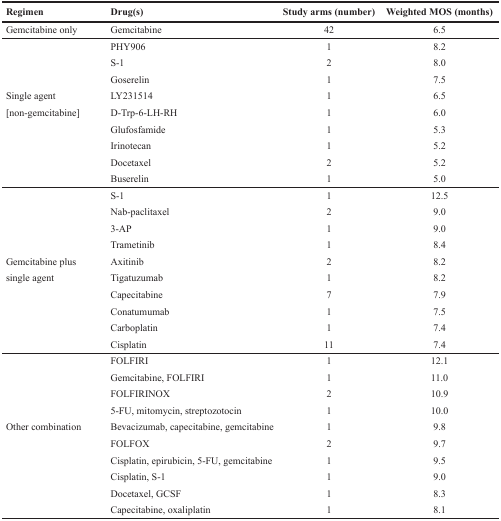
| Regimen | Drug(s) | Study arms (number) | Weighted MOS (months) |
 | --- | --- | --- | --- |
 | Gemcitabine only | Gemcitabine | 42 | 6.5 |
 |  | PHY906 | 1 | 8.2 |
 |  | S-1 | 2 | 8.0 |
 |  | Goserelin | 1 | 7.5 |
 | Single agent | LY231514 | 1 | 6.5 |
 | [non-gemcitabine] | D-Trp-6-LH-RH | 1 | 6.0 |
 |  | Glufosfamide | 1 | 5.3 |
 |  | Irinotecan | 1 | 5.2 |
 |  | Docetaxel | 2 | 5.2 |
 |  | Buserelin | 1 | 5.0 |
 |  | S-1 | 1 | 12.5 |
 |  | Nab-paclitaxel | 2 | 9.0 |
 |  | 3-AP | 1 | 9.0 |
 |  | Trametinib | 1 | 8.4 |
 | Gemcitabine plus | Axitinib | 2 | 8.2 |
 | single agent | Tigatuzumab | 1 | 8.2 |
 |  | Capecitabine | 7 | 7.9 |
 |  | Conatumumab | 1 | 7.5 |
 |  | Carboplatin | 1 | 7.4 |
 |  | Cisplatin | 11 | 7.4 |
 |  | FOLFIRI | 1 | 12.1 |
 |  | Gemcitabine, FOLFIRI | 1 | 11.0 |
 |  | FOLFIRINOX | 2 | 10.9 |
 |  | 5-FU, mitomycin, streptozotocin | 1 | 10.0 |
 | Other combination | Bevacizumab, capecitabine, gemcitabine | 1 | 9.8 |
 |  | FOLFOX | 2 | 9.7 |
 |  | Cisplatin, epirubicin, 5-FU, gemcitabine | 1 | 9.5 |
 |  | Cisplatin, S-1 | 1 | 9.0 |
 |  | Docetaxel, GCSF | 1 | 8.3 |
 |  | Capecitabine, oxaliplatin | 1 | 8.1 |